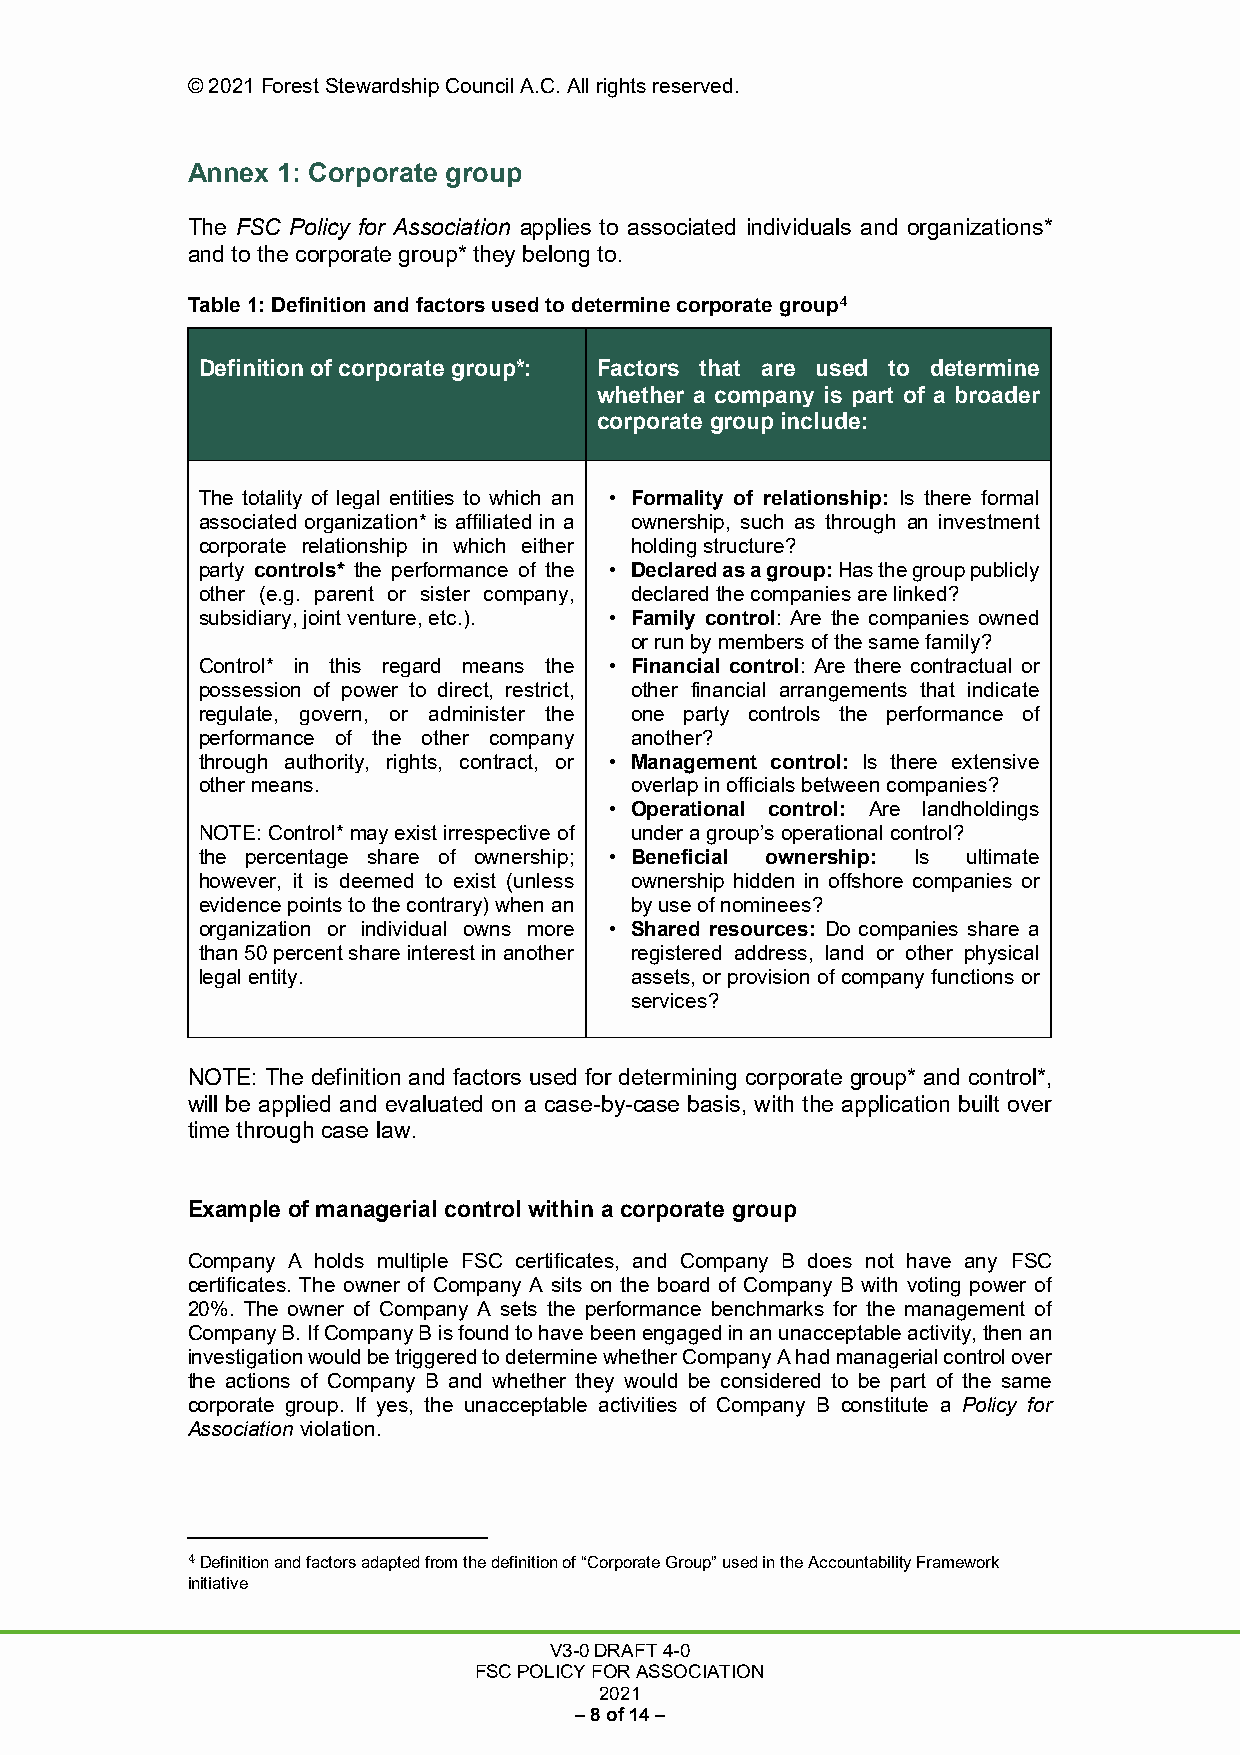
© 2021 Forest Stewardship Council A.C. All rights reserved.
 Annex 1: Corporate group
 The FSC Policy for Association applies to associated individuals and organizations*
 and to the corporate group* they belong to.
 Table 1: Definition and factors used to determine corporate group4
 Definition of corporate group*: Factors that are used to determine
 whether a company is part of a broader
 corporate group include:
 The totality of legal entities to which an • Formality of relationship: Is there formal
 associated organization* is affiliated in a ownership, such as through an investment
 corporate relationship in which either holding structure?
 party controls* the performance of the • Declared as a group: Has the group publicly
 other (e.g. parent or sister company, declared the companies are linked?
 subsidiary, joint venture, etc.). • Family control: Are the companies owned
 or run by members of the same family?
 Control* in this regard means the • Financial control: Are there contractual or
 possession of power to direct, restrict, other financial arrangements that indicate
 regulate, govern, or administer the one party controls the performance of
 performance of the other company another?
 through authority, rights, contract, or • Management control: Is there extensive
 other means.                 overlap in officials between companies?
 • Operational control: Are landholdings
 NOTE: Control* may exist irrespective of under a group’s operational control?
 the percentage share of ownership; • Beneficial ownership: Is ultimate
 however, it is deemed to exist (unless ownership hidden in offshore companies or
 evidence points to the contrary) when an by use of nominees?
 organization or individual owns more • Shared resources: Do companies share a
 than 50 percent share interest in another registered address, land or other physical
 legal entity.                assets, or provision of company functions or
 services?
 NOTE: The definition and factors used for determining corporate group* and control*,
 will be applied and evaluated on a case-by-case basis, with the application built over
 time through case law.
 Example of managerial control within a corporate group
 Company A holds multiple FSC certificates, and Company B does not have any FSC
 certificates. The owner of Company A sits on the board of Company B with voting power of
 20%. The owner of Company A sets the performance benchmarks for the management of
 Company B. If Company B is found to have been engaged in an unacceptable activity, then an
 investigation would be triggered to determine whether Company A had managerial control over
 the actions of Company B and whether they would be considered to be part of the same
 corporate group. If yes, the unacceptable activities of Company B constitute a Policy for
 Association violation.
 4 Definition and factors adapted from the definition of “Corporate Group” used in the Accountability Framework
 initiative
 V3-0 DRAFT 4-0
 FSC POLICY FOR ASSOCIATION
 2021
 – 8 of 14 –